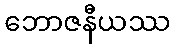
ဘောဇနီယဿ